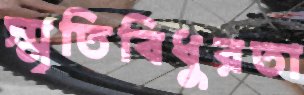
স্মৃতিবিধুরতা